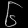
Digit: ၆